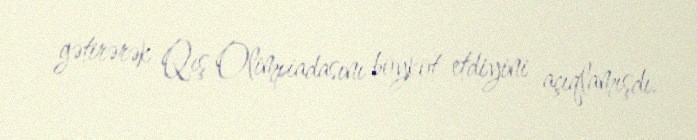
gətirərək Qış Olimpiadasını boykot etdiyini açıqlamışdı.